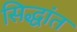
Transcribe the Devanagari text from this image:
सिद्धांत